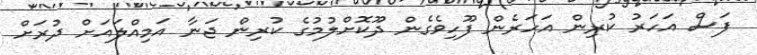
ފަސް އަހަރު ކުރިން އަހަރެން ފޫހިވެގެން ދޫކޮށްލުމުގެ ކުރިން ޖަނާ އަމިއްލައަށް ދުރަށް